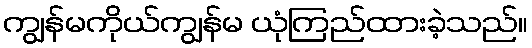
ကျွန်မကိုယ်ကျွန်မ ယုံကြည်ထားခဲ့သည်။